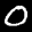
Label: 0